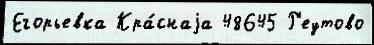
Егорьевка Кра́снаjа 48645 Р'еутово